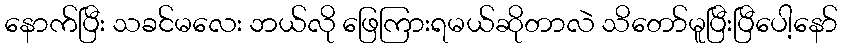
နောက်ပြီး သခင်မလေး ဘယ်လို ဖြေကြားရမယ်ဆိုတာလဲ သိတော်မူပြီးပြီပေါ့နော်